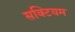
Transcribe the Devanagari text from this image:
सक्टियम